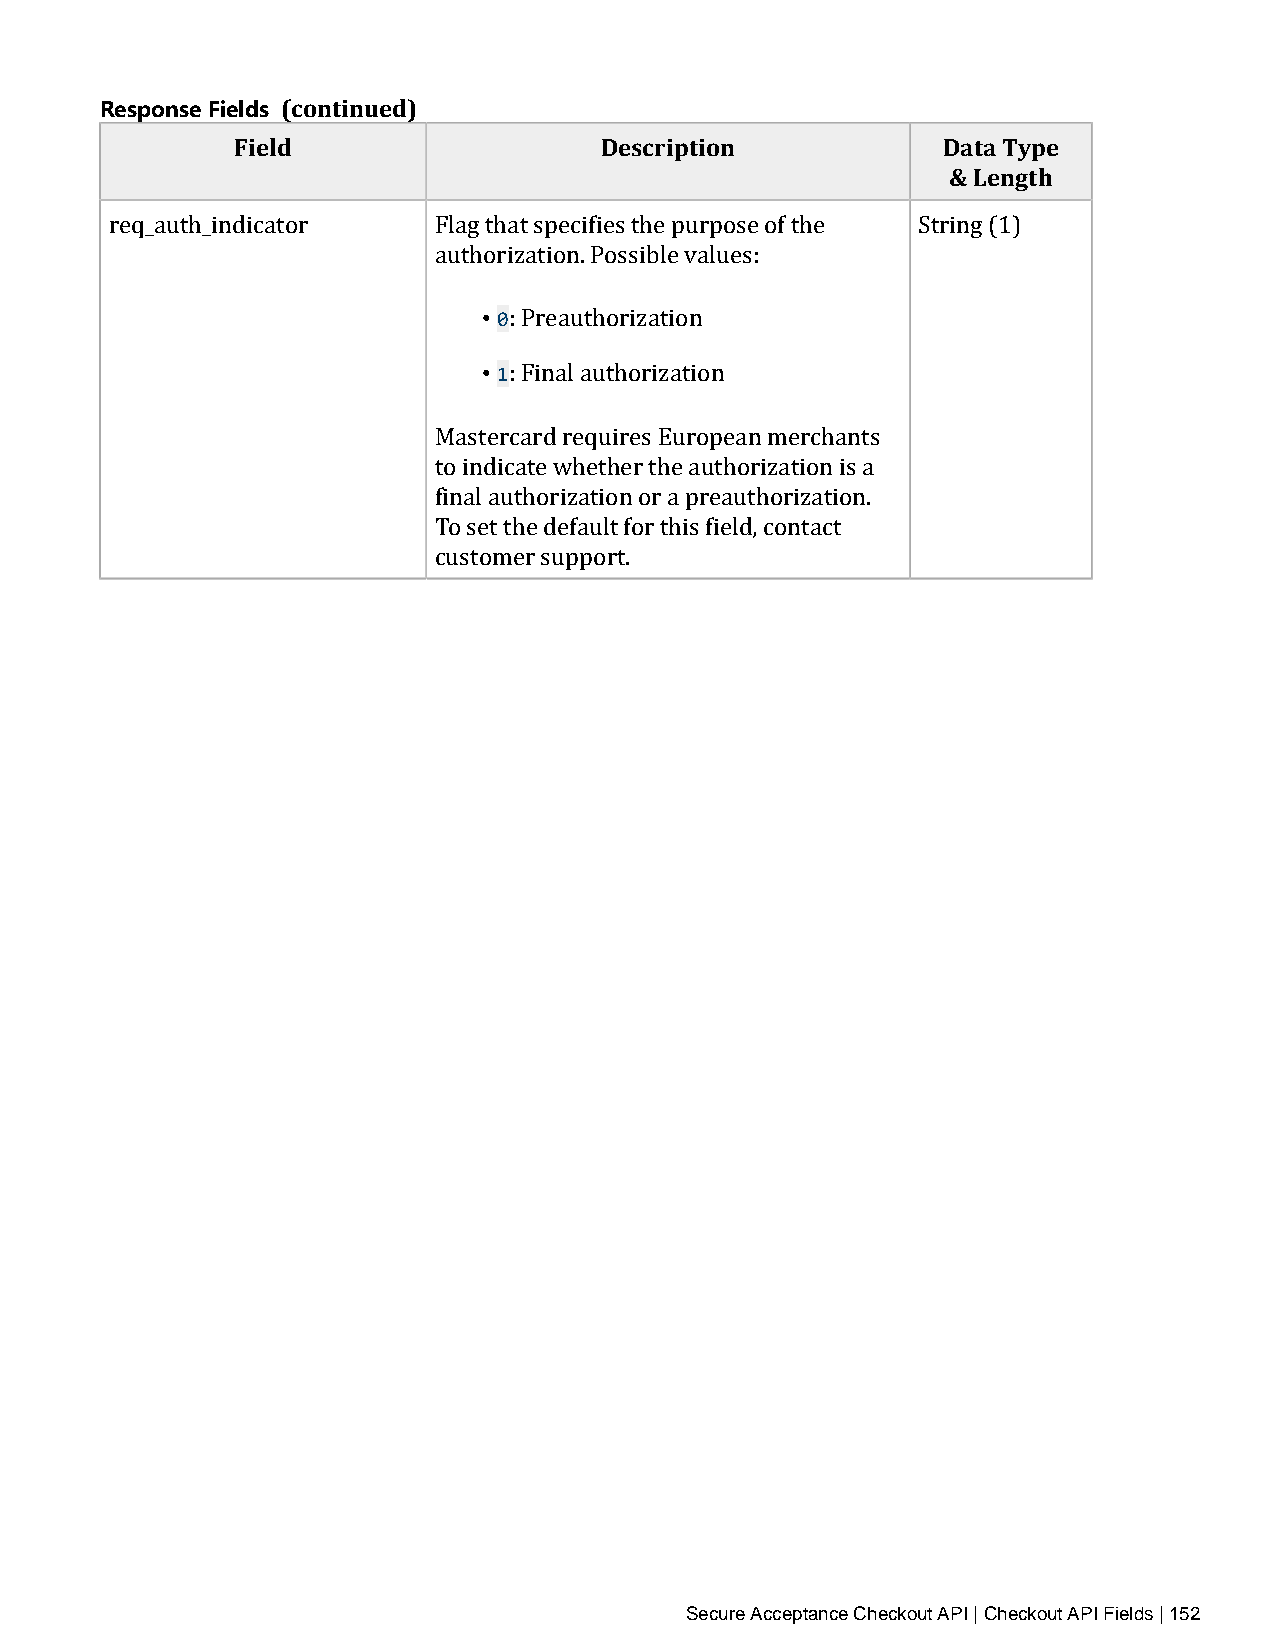
Response Fields (continued)
 Field                   Description           Data Type
 & Length
 req_auth_indicator    Flag that specifies the purpose of the String (1)
 authorization. Possible values:
 • 0
 • 1: Preauthorization
 : Final authorization
 Mastercard requires European merchants
 to indicate whether the authorization is a
 final authorization or a preauthorization.
 To set the default for this field, contact
 customer support.
 Secure Acceptance Checkout API | Checkout API Fields | 152